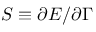
S \equiv \partial E / \partial \Gamma